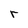
Character: r